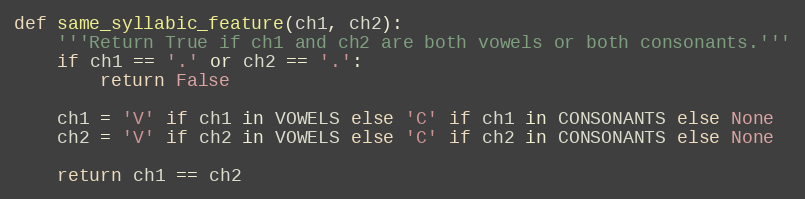
Language: Python
def same_syllabic_feature(ch1, ch2):
    '''Return True if ch1 and ch2 are both vowels or both consonants.'''
    if ch1 == '.' or ch2 == '.':
        return False

    ch1 = 'V' if ch1 in VOWELS else 'C' if ch1 in CONSONANTS else None
    ch2 = 'V' if ch2 in VOWELS else 'C' if ch2 in CONSONANTS else None

    return ch1 == ch2